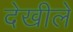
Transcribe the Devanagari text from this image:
देखीले